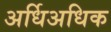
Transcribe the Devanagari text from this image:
अर्धिअधिक